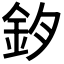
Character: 𨥘